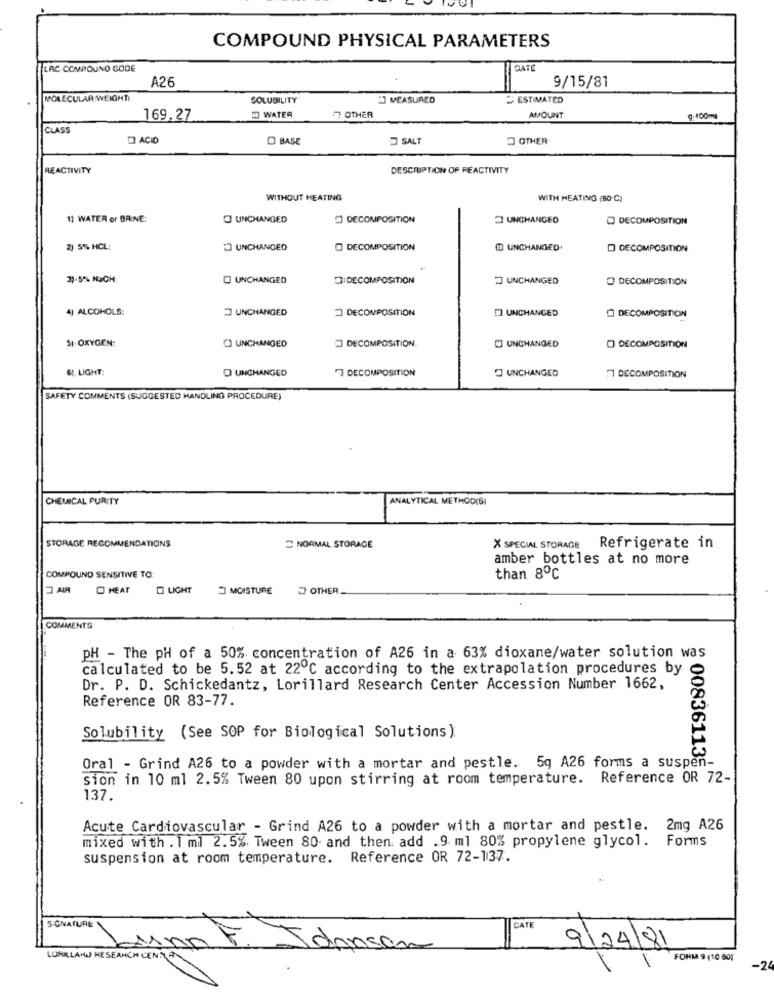
COMPOUND PHYSICAL PARAMETERS
LAC COMPOUND GODE
GATE
A26
9/15/81
MOLECULAR WEIGHTI
SOLUBILITY
" MEASURED
ESTIMATED
WATER
169.27
17 OTHER
AMOUNT
g.100ml
CLASS
D ACID
D BASE
SALT
OTHER
REACTIVITY
DESCRIPTION OF REACTIVITY
WITHOUT HEATING
WITH HEATING (BO.C)
11 WATER or BRING:
O UNCHANGED
DECOMPOSITION
UNCHANGED
@ DECOMPOSITION
2) 5% HCL:
UNCHANGED
DECOMPOSITION
[D] UNCHANGED
D DECOMPOSITION
3)-5% MUCH:
O UNCHANGED
DIDECOMPOSITION
UNCHANGED
DECOMPOSITION
4) ALCOHOLS:
UNCHANGED
DECOMPOSITION
[] UNCHANGED
₾ DECOMPOSITION
51. OXYGEN:
DECOMPOSITION
C) UNCHANGED
[] UNCHANGED
O DECOMPOSITION
61. LIGHT:
O UNCHANGED
3 DECOMPOSITION
O UNCHANGED
DECOMPOSITION
SAFETY COMMENTS (SUGGESTED HANDLING PROCEDURE)
CHEMICAL PURITY
ANALYTICAL METHOD(S)
STORAGE RECOMMENDATIONS
NORMAL STORAGE
X SPECIAL STORAGE Refrigerate in
amber bottles at no more
COMPOUND SENSITIVE TO
than 8℃
HEAT
O LIGHT
MOISTURE
OTHER
COMMENTS
pH - The pH of a 50% concentration of A26 in a 63% dioxane/water solution was
calculated to be 5.52 at 22℃ according to the extrapolation procedures by
Dr. P. D. Schickedantz, Lorillard Research Center Accession Number 1662,
Reference OR 83-77.
Solubility (See SOP for Biological Solutions ).
Oral - Grind A26 to a powder with a mortar and pestle. 5g A26 forms a suspen-
008361138
sion in 10 ml 2.5% Tween 80 upon stirring at room temperature. Reference OR 72-
137.
Acute Cardiovascular - Grind A26 to a powder with a mortar and pestle. 2mg A26
mixed with . 1 ml 2.5%. Tween 80. and then add .9 ml 80% propylene glycol. Forms
suspension at room temperature. Reference OR 72-137.
5-ONATURE
CATE
Asan
9/24/81
LOHILLAND HESEARCH CEN
FORM 9 (10 501
-2